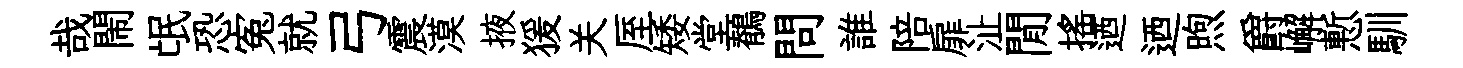
哉閙氓恐寃就弓震漠掖猨关厔矮堂鶺問誰陪扉沚閒摇迺迺煦爵嶰慙馴